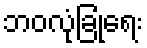
ဘဝလုံခြုံရေး